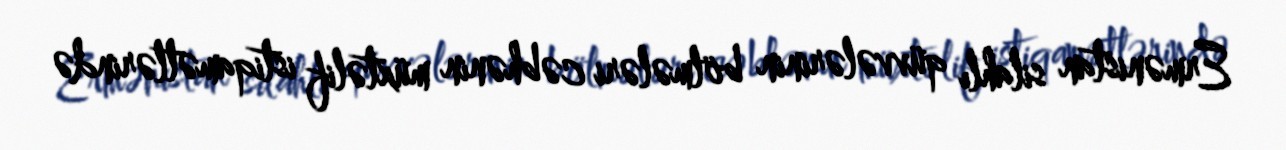
Ermənistan silahlı qüvvələrinin bölmələri cəbhənin müxtəlif istiqamətlərində